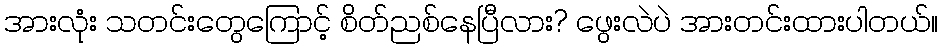
အားလုံး သတင်းတွေကြောင့် စိတ်ညစ်နေပြီလား? ဖွေးလဲပဲ အားတင်းထားပါတယ်။